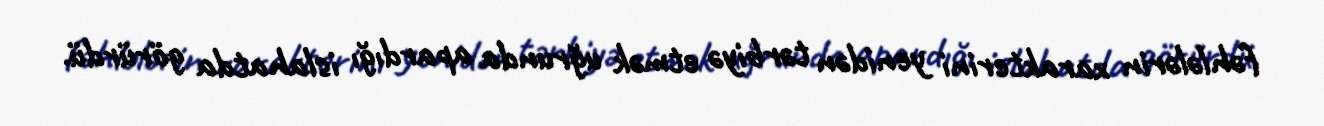
fəhlələrin xarakterini yenidən tərbiyə etmək uğrunda apardığı islahatda görürdü.